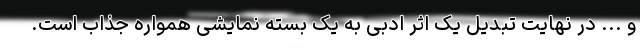
و ... در نهایت تبدیل یک اثر ادبی به یک بسته نمایشی همواره جذاب است.